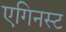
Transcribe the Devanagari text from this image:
एगिनस्ट